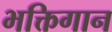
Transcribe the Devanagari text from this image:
भक्तिगान